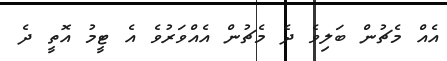
އެއް މެޗުން ބަލިވެ ދެ މެޗުން އެއްވަރުވެ އެ ޓީމު އޮތީ ދެ